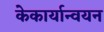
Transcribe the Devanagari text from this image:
केकार्यान्वयन